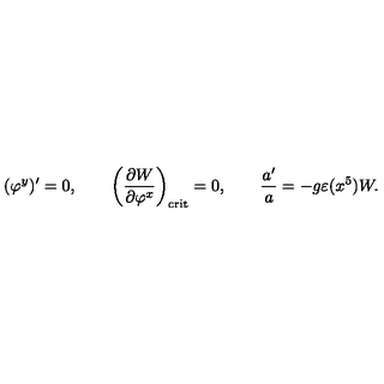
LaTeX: ( \varphi ^ { y } ) ^ { \prime } = 0 , \qquad \left( { \frac { \partial W } { \partial \varphi ^ { x } } } \right) _ { \mathrm { c r i t } } = 0 , \qquad \frac { a ^ { \prime } } { a } = - g \varepsilon ( x ^ { 5 } ) W .